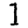
Digit: 1